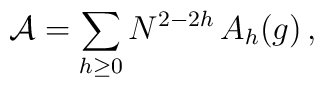
{\cal A} = \sum_{h\geq 0} N^{2-2h}\, A_{h}(g)\, ,